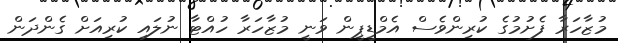
މުޒާހަރާ ފެށުމުގެ ކުރިންވެސް އެމްޑީޕީން ވަނީ މުޒާހަރާ ހުއްޓާ ނުލައި ކުރިއަށް ގެންދަން